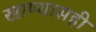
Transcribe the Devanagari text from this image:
खाण्यासही